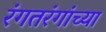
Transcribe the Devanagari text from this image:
रंगतरंगांच्या